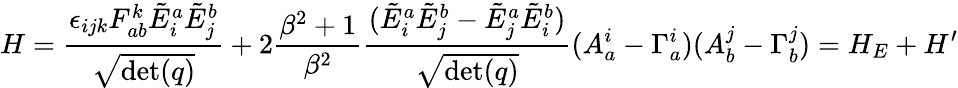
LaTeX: H={\frac{\epsilon_{ijk}F_{ab}^{k}{\tilde{E}}_{i}^{a}{\tilde{E}}_{j}^{b}}{\sqrt{\operatorname*{det}(q)}}}+2{\frac{\beta^{2}+1}{\beta^{2}}}{\frac{({\tilde{E}}_{i}^{a}{\tilde{E}}_{j}^{b}-{\tilde{E}}_{j}^{a}{\tilde{E}}_{i}^{b})}{\sqrt{\operatorname*{det}(q)}}}(A_{a}^{i}-\Gamma_{a}^{i})(A_{b}^{j}-\Gamma_{b}^{j})=H_{E}+H^{\prime}